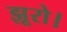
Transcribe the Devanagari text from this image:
झूरो।